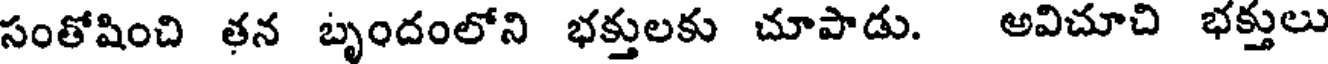
సంతోషించి తన బృందంలోని భక్తులకు చూపాడు. అవిచూచి భక్తులు